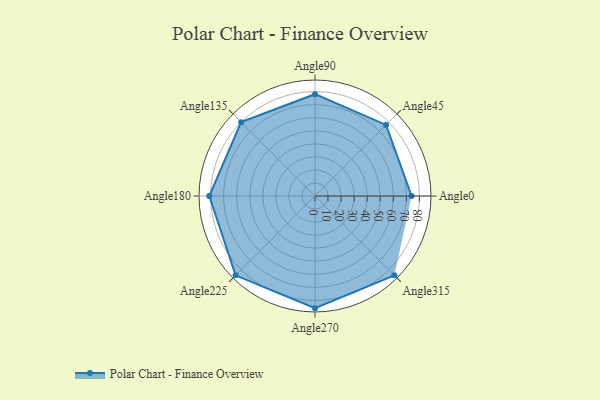
{"axis": {"x": "Angle", "y": "Radius"}, "legend": [""], "data": [{"x": "Angle0", "y": 74.0, "type": ""}, {"x": "Angle45", "y": 77.0, "type": ""}, {"x": "Angle90", "y": 78.0, "type": ""}, {"x": "Angle135", "y": 80.0, "type": ""}, {"x": "Angle180", "y": 81.0, "type": ""}, {"x": "Angle225", "y": 86.0, "type": ""}, {"x": "Angle270", "y": 86.0, "type": ""}, {"x": "Angle315", "y": 86.0, "type": ""}]}